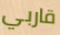
قاربي